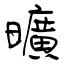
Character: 曠